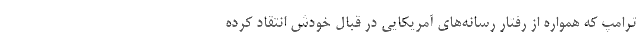
ترامپ که همواره از رفتار رسانه‌های آمریکایی در قبال خودش انتقاد کرده